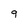
Character: 9